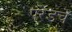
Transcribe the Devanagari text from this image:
परेडचे